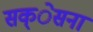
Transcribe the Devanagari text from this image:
सक्ेसना